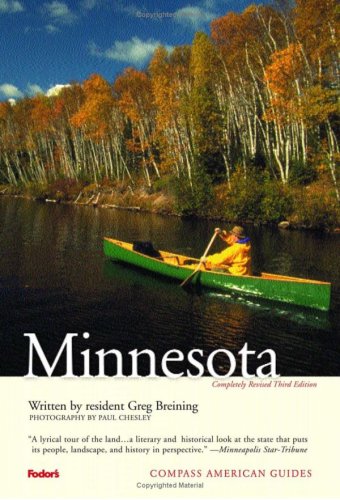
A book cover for Compass American Guides: Minnesota, 3rd Edition; Greg Breining; Travel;